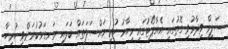
ސަލީމް ވިދާޅުވި ގޮތުގައި އެއާޕޯޓުގައި މިހާރު ހުރި މައްސަލަތައް ބަލައި ރަނގަޅުކުރަންވީ ހުރިހާ